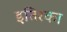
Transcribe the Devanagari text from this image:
इतिरका